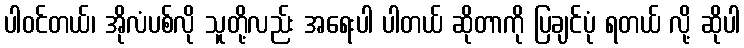
ပါဝင်တယ်၊ အိုလံပစ်လို သူတို့လည်း အရေးပါ ပါတယ် ဆိုတာကို ပြချင်ပုံ ရတယ် လို့ ဆိုပါ